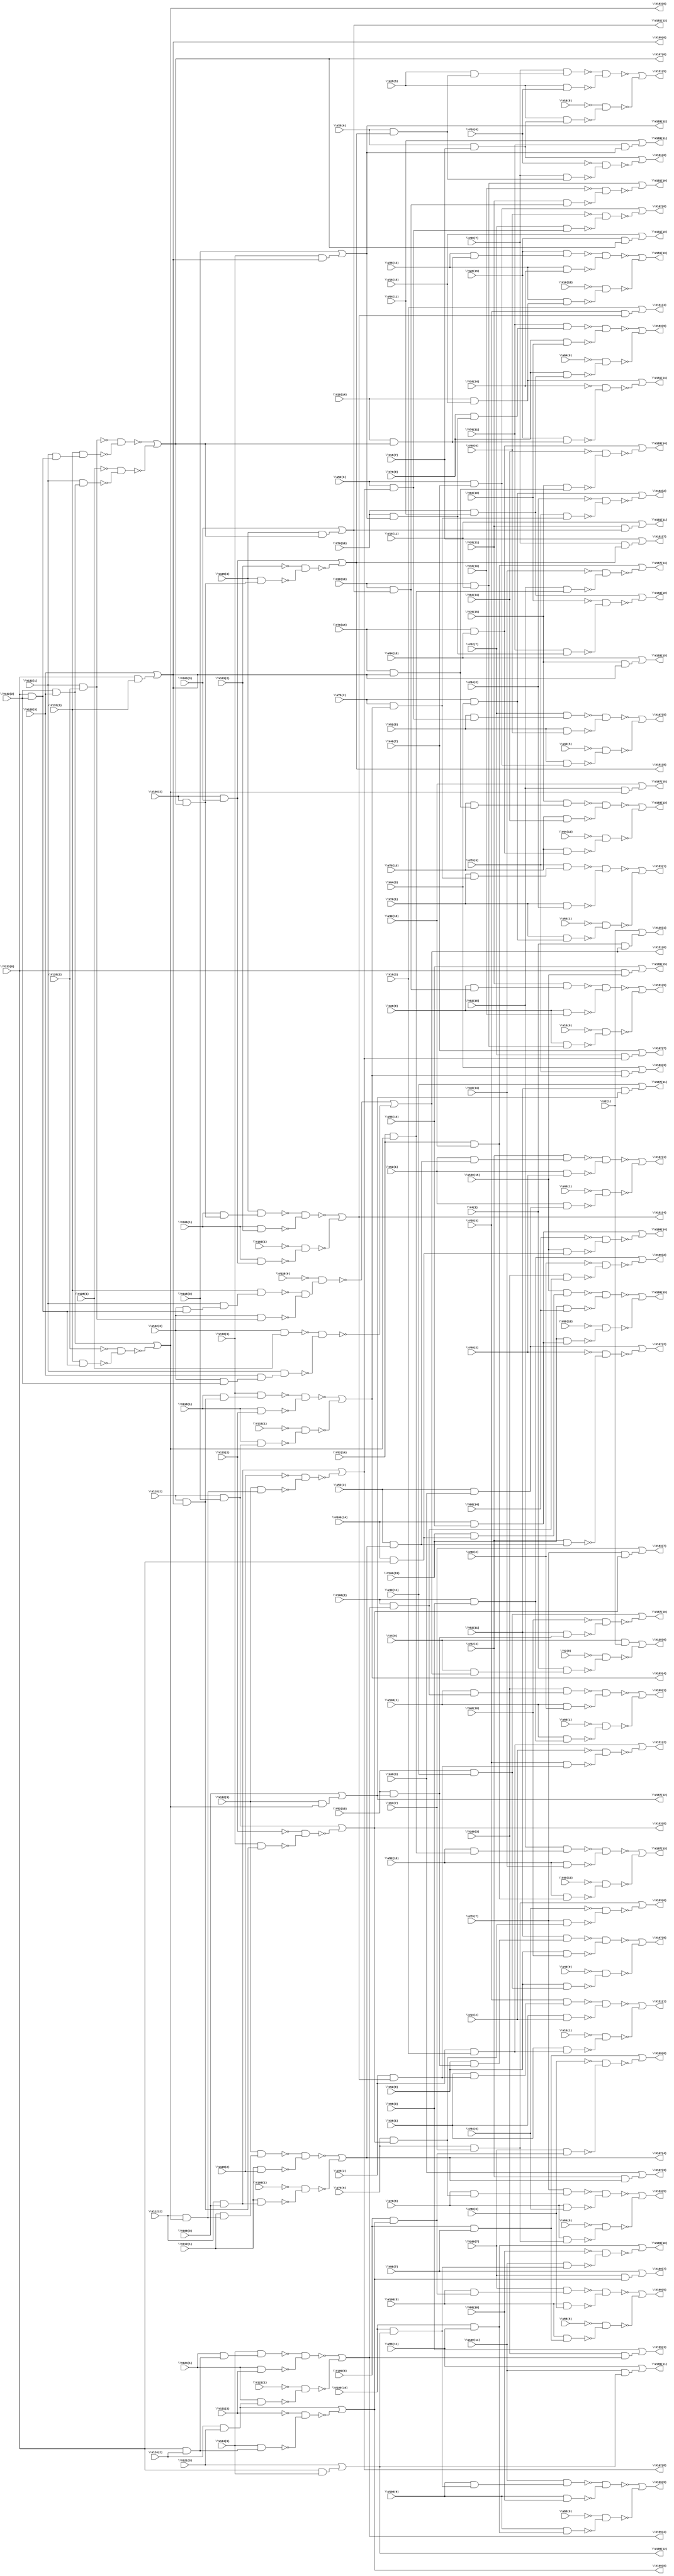
module i5 ( 
    \V4(0) , \V2(1) , \V4(1) , \V2(0) , \V28(1) , \V16(2) , \V28(2) ,
    \V16(3) , \V28(3) , \V28(5) , \V16(6) , \V28(6) , \V16(7) , \V28(7) ,
    \V28(9) , \V16(10) , \V28(10) , \V16(11) , \V28(11) , \V28(13) ,
    \V16(14) , \V28(14) , \V16(15) , \V28(15) , \V16(1) , \V16(5) ,
    \V16(9) , \V16(13) , \V52(1) , \V40(2) , \V52(2) , \V40(3) , \V52(3) ,
    \V52(5) , \V40(6) , \V52(6) , \V40(7) , \V52(7) , \V52(9) , \V40(10) ,
    \V52(10) , \V40(11) , \V52(11) , \V52(13) , \V40(14) , \V52(14) ,
    \V40(15) , \V52(15) , \V40(1) , \V40(5) , \V40(9) , \V40(13) ,
    \V76(1) , \V64(2) , \V76(2) , \V64(3) , \V76(3) , \V76(5) , \V64(6) ,
    \V76(6) , \V64(7) , \V76(7) , \V76(9) , \V64(10) , \V76(10) ,
    \V64(11) , \V76(11) , \V76(13) , \V64(14) , \V76(14) , \V64(15) ,
    \V76(15) , \V64(1) , \V64(5) , \V64(9) , \V64(13) , \V100(1) ,
    \V88(2) , \V100(2) , \V88(3) , \V100(3) , \V100(5) , \V88(6) ,
    \V100(6) , \V88(7) , \V100(7) , \V100(9) , \V88(10) , \V100(10) ,
    \V88(11) , \V100(11) , \V100(13) , \V88(14) , \V100(14) , \V88(15) ,
    \V133(0) , \V100(15) , \V88(1) , \V88(5) , \V88(9) , \V88(13) ,
    \V106(1) , \V103(2) , \V106(2) , \V103(3) , \V106(3) , \V112(1) ,
    \V109(2) , \V112(2) , \V109(3) , \V112(3) , \V118(1) , \V115(2) ,
    \V118(2) , \V115(3) , \V118(3) , \V124(1) , \V121(2) , \V124(2) ,
    \V121(3) , \V124(3) , \V103(1) , \V109(1) , \V115(1) , \V121(1) ,
    \V132(0) , \V128(1) , \V132(1) , \V128(2) , \V132(2) , \V128(3) ,
    \V132(3) , \V128(0) ,
    \V135(0) , \V135(1) , \V151(1) , \V151(2) , \V151(3) , \V151(5) ,
    \V151(6) , \V151(7) , \V151(9) , \V151(10) , \V151(11) , \V151(13) ,
    \V151(14) , \V151(15) , \V167(1) , \V167(2) , \V167(3) , \V167(5) ,
    \V167(6) , \V167(7) , \V167(9) , \V167(10) , \V167(11) , \V167(13) ,
    \V167(14) , \V167(15) , \V183(1) , \V183(2) , \V183(3) , \V183(5) ,
    \V183(6) , \V183(7) , \V183(9) , \V183(10) , \V183(11) , \V183(13) ,
    \V183(14) , \V183(15) , \V199(1) , \V199(2) , \V199(3) , \V199(5) ,
    \V199(6) , \V199(7) , \V199(9) , \V199(10) , \V199(11) , \V199(13) ,
    \V199(14) , \V199(15) , \V151(4) , \V151(8) , \V151(12) , \V167(4) ,
    \V167(8) , \V167(12) , \V183(4) , \V183(8) , \V183(12) , \V199(4) ,
    \V199(8) , \V199(12) , \V151(0) , \V167(0) , \V183(0) , \V199(0)   );
  input  \V4(0) , \V2(1) , \V4(1) , \V2(0) , \V28(1) , \V16(2) ,
    \V28(2) , \V16(3) , \V28(3) , \V28(5) , \V16(6) , \V28(6) , \V16(7) ,
    \V28(7) , \V28(9) , \V16(10) , \V28(10) , \V16(11) , \V28(11) ,
    \V28(13) , \V16(14) , \V28(14) , \V16(15) , \V28(15) , \V16(1) ,
    \V16(5) , \V16(9) , \V16(13) , \V52(1) , \V40(2) , \V52(2) , \V40(3) ,
    \V52(3) , \V52(5) , \V40(6) , \V52(6) , \V40(7) , \V52(7) , \V52(9) ,
    \V40(10) , \V52(10) , \V40(11) , \V52(11) , \V52(13) , \V40(14) ,
    \V52(14) , \V40(15) , \V52(15) , \V40(1) , \V40(5) , \V40(9) ,
    \V40(13) , \V76(1) , \V64(2) , \V76(2) , \V64(3) , \V76(3) , \V76(5) ,
    \V64(6) , \V76(6) , \V64(7) , \V76(7) , \V76(9) , \V64(10) , \V76(10) ,
    \V64(11) , \V76(11) , \V76(13) , \V64(14) , \V76(14) , \V64(15) ,
    \V76(15) , \V64(1) , \V64(5) , \V64(9) , \V64(13) , \V100(1) ,
    \V88(2) , \V100(2) , \V88(3) , \V100(3) , \V100(5) , \V88(6) ,
    \V100(6) , \V88(7) , \V100(7) , \V100(9) , \V88(10) , \V100(10) ,
    \V88(11) , \V100(11) , \V100(13) , \V88(14) , \V100(14) , \V88(15) ,
    \V133(0) , \V100(15) , \V88(1) , \V88(5) , \V88(9) , \V88(13) ,
    \V106(1) , \V103(2) , \V106(2) , \V103(3) , \V106(3) , \V112(1) ,
    \V109(2) , \V112(2) , \V109(3) , \V112(3) , \V118(1) , \V115(2) ,
    \V118(2) , \V115(3) , \V118(3) , \V124(1) , \V121(2) , \V124(2) ,
    \V121(3) , \V124(3) , \V103(1) , \V109(1) , \V115(1) , \V121(1) ,
    \V132(0) , \V128(1) , \V132(1) , \V128(2) , \V132(2) , \V128(3) ,
    \V132(3) , \V128(0) ;
  output \V135(0) , \V135(1) , \V151(1) , \V151(2) , \V151(3) , \V151(5) ,
    \V151(6) , \V151(7) , \V151(9) , \V151(10) , \V151(11) , \V151(13) ,
    \V151(14) , \V151(15) , \V167(1) , \V167(2) , \V167(3) , \V167(5) ,
    \V167(6) , \V167(7) , \V167(9) , \V167(10) , \V167(11) , \V167(13) ,
    \V167(14) , \V167(15) , \V183(1) , \V183(2) , \V183(3) , \V183(5) ,
    \V183(6) , \V183(7) , \V183(9) , \V183(10) , \V183(11) , \V183(13) ,
    \V183(14) , \V183(15) , \V199(1) , \V199(2) , \V199(3) , \V199(5) ,
    \V199(6) , \V199(7) , \V199(9) , \V199(10) , \V199(11) , \V199(13) ,
    \V199(14) , \V199(15) , \V151(4) , \V151(8) , \V151(12) , \V167(4) ,
    \V167(8) , \V167(12) , \V183(4) , \V183(8) , \V183(12) , \V199(4) ,
    \V199(8) , \V199(12) , \V151(0) , \V167(0) , \V183(0) , \V199(0) ;
  wire new_n200_, new_n201_, new_n202_, new_n203_, new_n204_, new_n205_,
    new_n206_, new_n207_, new_n208_, new_n209_, new_n210_, new_n211_,
    new_n212_, new_n214_, new_n215_, new_n216_, new_n217_, new_n219_,
    new_n221_, new_n222_, new_n223_, new_n224_, new_n225_, new_n226_,
    new_n228_, new_n229_, new_n230_, new_n231_, new_n232_, new_n233_,
    new_n234_, new_n235_, new_n237_, new_n238_, new_n239_, new_n240_,
    new_n241_, new_n242_, new_n243_, new_n244_, new_n246_, new_n247_,
    new_n249_, new_n251_, new_n252_, new_n254_, new_n255_, new_n256_,
    new_n257_, new_n258_, new_n259_, new_n260_, new_n261_, new_n263_,
    new_n264_, new_n266_, new_n268_, new_n270_, new_n271_, new_n272_,
    new_n273_, new_n274_, new_n275_, new_n276_, new_n277_, new_n279_,
    new_n280_, new_n282_, new_n284_, new_n285_, new_n286_, new_n287_,
    new_n288_, new_n289_, new_n290_, new_n291_, new_n293_, new_n294_,
    new_n296_, new_n298_, new_n299_, new_n301_, new_n302_, new_n303_,
    new_n304_, new_n305_, new_n306_, new_n307_, new_n308_, new_n310_,
    new_n311_, new_n312_, new_n313_, new_n314_, new_n315_, new_n316_,
    new_n317_, new_n319_, new_n320_, new_n322_, new_n324_, new_n325_,
    new_n327_, new_n328_, new_n329_, new_n330_, new_n331_, new_n332_,
    new_n333_, new_n334_, new_n336_, new_n337_, new_n339_, new_n341_,
    new_n343_, new_n344_, new_n345_, new_n346_, new_n347_, new_n348_,
    new_n349_, new_n350_, new_n352_, new_n353_, new_n355_, new_n357_,
    new_n358_, new_n359_, new_n360_, new_n361_, new_n362_, new_n363_,
    new_n364_, new_n366_, new_n367_, new_n369_, new_n371_, new_n373_,
    new_n374_, new_n375_, new_n376_, new_n377_, new_n378_, new_n379_,
    new_n380_, new_n382_, new_n383_, new_n384_, new_n385_, new_n386_,
    new_n387_, new_n388_, new_n389_, new_n391_, new_n392_, new_n394_,
    new_n396_, new_n397_, new_n399_, new_n400_, new_n401_, new_n402_,
    new_n403_, new_n404_, new_n405_, new_n406_, new_n408_, new_n409_,
    new_n411_, new_n413_, new_n415_, new_n416_, new_n417_, new_n418_,
    new_n419_, new_n420_, new_n421_, new_n422_, new_n424_, new_n425_,
    new_n427_, new_n429_, new_n430_, new_n431_, new_n432_, new_n433_,
    new_n434_, new_n435_, new_n436_, new_n438_, new_n439_, new_n441_,
    new_n443_, new_n444_, new_n445_, new_n446_, new_n447_, new_n448_,
    new_n449_, new_n450_, new_n452_, new_n453_, new_n454_, new_n455_,
    new_n456_, new_n457_, new_n458_, new_n459_, new_n461_, new_n462_,
    new_n464_, new_n466_, new_n467_, new_n469_, new_n470_, new_n471_,
    new_n472_, new_n473_, new_n474_, new_n475_, new_n476_, new_n478_,
    new_n479_, new_n481_, new_n483_, new_n485_, new_n486_, new_n487_,
    new_n488_, new_n489_, new_n490_, new_n491_, new_n492_, new_n494_,
    new_n495_, new_n497_, new_n499_, new_n500_, new_n501_, new_n502_,
    new_n503_, new_n504_, new_n505_, new_n506_, new_n508_, new_n509_,
    new_n511_;
  assign new_n200_ = \V133(0)  & \V132(2) ;
  assign new_n201_ = \V132(0)  & new_n200_;
  assign new_n202_ = \V132(1)  & new_n201_;
  assign new_n203_ = \V132(3)  & new_n202_;
  assign new_n204_ = \V132(1)  & \V128(2) ;
  assign new_n205_ = \V132(0)  & new_n204_;
  assign new_n206_ = \V132(0)  & \V128(1) ;
  assign new_n207_ = \V132(0)  & \V132(2) ;
  assign new_n208_ = \V128(3)  & new_n207_;
  assign new_n209_ = \V132(1)  & new_n208_;
  assign new_n210_ = ~new_n203_ & ~new_n205_;
  assign new_n211_ = ~\V128(0)  & new_n210_;
  assign new_n212_ = ~new_n206_ & ~new_n209_;
  assign \V151(0)  = ~new_n211_ | ~new_n212_;
  assign new_n214_ = \V4(0)  & \V151(0) ;
  assign new_n215_ = \V4(1)  & new_n214_;
  assign new_n216_ = \V4(0)  & \V2(1) ;
  assign new_n217_ = ~\V2(0)  & ~new_n215_;
  assign \V135(0)  = new_n216_ | ~new_n217_;
  assign new_n219_ = \V4(1)  & \V151(0) ;
  assign \V135(1)  = \V2(1)  | new_n219_;
  assign new_n221_ = \V132(1)  & new_n200_;
  assign new_n222_ = \V132(3)  & new_n221_;
  assign new_n223_ = \V132(2)  & \V128(3) ;
  assign new_n224_ = \V132(1)  & new_n223_;
  assign new_n225_ = ~new_n204_ & ~new_n222_;
  assign new_n226_ = ~\V128(1)  & ~new_n224_;
  assign \V167(0)  = ~new_n225_ | ~new_n226_;
  assign new_n228_ = \V106(2)  & \V167(0) ;
  assign new_n229_ = \V106(1)  & new_n228_;
  assign new_n230_ = \V106(3)  & new_n229_;
  assign new_n231_ = \V106(1)  & \V103(2) ;
  assign new_n232_ = \V106(2)  & \V103(3) ;
  assign new_n233_ = \V106(1)  & new_n232_;
  assign new_n234_ = ~new_n230_ & ~new_n231_;
  assign new_n235_ = ~\V103(1)  & ~new_n233_;
  assign \V151(4)  = ~new_n234_ | ~new_n235_;
  assign new_n237_ = \V28(2)  & \V151(4) ;
  assign new_n238_ = \V28(1)  & new_n237_;
  assign new_n239_ = \V28(3)  & new_n238_;
  assign new_n240_ = \V28(1)  & \V16(2) ;
  assign new_n241_ = \V28(2)  & \V16(3) ;
  assign new_n242_ = \V28(1)  & new_n241_;
  assign new_n243_ = ~new_n239_ & ~new_n240_;
  assign new_n244_ = ~\V16(1)  & ~new_n242_;
  assign \V151(1)  = ~new_n243_ | ~new_n244_;
  assign new_n246_ = \V28(3)  & new_n237_;
  assign new_n247_ = ~\V16(2)  & ~new_n246_;
  assign \V151(2)  = new_n241_ | ~new_n247_;
  assign new_n249_ = \V28(3)  & \V151(4) ;
  assign \V151(3)  = \V16(3)  | new_n249_;
  assign new_n251_ = \V106(3)  & new_n228_;
  assign new_n252_ = ~\V103(2)  & ~new_n251_;
  assign \V151(8)  = new_n232_ | ~new_n252_;
  assign new_n254_ = \V28(6)  & \V151(8) ;
  assign new_n255_ = \V28(5)  & new_n254_;
  assign new_n256_ = \V28(7)  & new_n255_;
  assign new_n257_ = \V28(5)  & \V16(6) ;
  assign new_n258_ = \V28(6)  & \V16(7) ;
  assign new_n259_ = \V28(5)  & new_n258_;
  assign new_n260_ = ~new_n256_ & ~new_n257_;
  assign new_n261_ = ~\V16(5)  & ~new_n259_;
  assign \V151(5)  = ~new_n260_ | ~new_n261_;
  assign new_n263_ = \V28(7)  & new_n254_;
  assign new_n264_ = ~\V16(6)  & ~new_n263_;
  assign \V151(6)  = new_n258_ | ~new_n264_;
  assign new_n266_ = \V28(7)  & \V151(8) ;
  assign \V151(7)  = \V16(7)  | new_n266_;
  assign new_n268_ = \V106(3)  & \V167(0) ;
  assign \V151(12)  = \V103(3)  | new_n268_;
  assign new_n270_ = \V28(10)  & \V151(12) ;
  assign new_n271_ = \V28(9)  & new_n270_;
  assign new_n272_ = \V28(11)  & new_n271_;
  assign new_n273_ = \V28(9)  & \V16(10) ;
  assign new_n274_ = \V28(10)  & \V16(11) ;
  assign new_n275_ = \V28(9)  & new_n274_;
  assign new_n276_ = ~new_n272_ & ~new_n273_;
  assign new_n277_ = ~\V16(9)  & ~new_n275_;
  assign \V151(9)  = ~new_n276_ | ~new_n277_;
  assign new_n279_ = \V28(11)  & new_n270_;
  assign new_n280_ = ~\V16(10)  & ~new_n279_;
  assign \V151(10)  = new_n274_ | ~new_n280_;
  assign new_n282_ = \V28(11)  & \V151(12) ;
  assign \V151(11)  = \V16(11)  | new_n282_;
  assign new_n284_ = \V28(14)  & \V167(0) ;
  assign new_n285_ = \V28(13)  & new_n284_;
  assign new_n286_ = \V28(15)  & new_n285_;
  assign new_n287_ = \V28(13)  & \V16(14) ;
  assign new_n288_ = \V28(14)  & \V16(15) ;
  assign new_n289_ = \V28(13)  & new_n288_;
  assign new_n290_ = ~new_n286_ & ~new_n287_;
  assign new_n291_ = ~\V16(13)  & ~new_n289_;
  assign \V151(13)  = ~new_n290_ | ~new_n291_;
  assign new_n293_ = \V28(15)  & new_n284_;
  assign new_n294_ = ~\V16(14)  & ~new_n293_;
  assign \V151(14)  = new_n288_ | ~new_n294_;
  assign new_n296_ = \V28(15)  & \V167(0) ;
  assign \V151(15)  = \V16(15)  | new_n296_;
  assign new_n298_ = \V132(3)  & new_n200_;
  assign new_n299_ = ~\V128(2)  & ~new_n298_;
  assign \V183(0)  = new_n223_ | ~new_n299_;
  assign new_n301_ = \V112(2)  & \V183(0) ;
  assign new_n302_ = \V112(1)  & new_n301_;
  assign new_n303_ = \V112(3)  & new_n302_;
  assign new_n304_ = \V112(1)  & \V109(2) ;
  assign new_n305_ = \V112(2)  & \V109(3) ;
  assign new_n306_ = \V112(1)  & new_n305_;
  assign new_n307_ = ~new_n303_ & ~new_n304_;
  assign new_n308_ = ~\V109(1)  & ~new_n306_;
  assign \V167(4)  = ~new_n307_ | ~new_n308_;
  assign new_n310_ = \V52(2)  & \V167(4) ;
  assign new_n311_ = \V52(1)  & new_n310_;
  assign new_n312_ = \V52(3)  & new_n311_;
  assign new_n313_ = \V52(1)  & \V40(2) ;
  assign new_n314_ = \V52(2)  & \V40(3) ;
  assign new_n315_ = \V52(1)  & new_n314_;
  assign new_n316_ = ~new_n312_ & ~new_n313_;
  assign new_n317_ = ~\V40(1)  & ~new_n315_;
  assign \V167(1)  = ~new_n316_ | ~new_n317_;
  assign new_n319_ = \V52(3)  & new_n310_;
  assign new_n320_ = ~\V40(2)  & ~new_n319_;
  assign \V167(2)  = new_n314_ | ~new_n320_;
  assign new_n322_ = \V52(3)  & \V167(4) ;
  assign \V167(3)  = \V40(3)  | new_n322_;
  assign new_n324_ = \V112(3)  & new_n301_;
  assign new_n325_ = ~\V109(2)  & ~new_n324_;
  assign \V167(8)  = new_n305_ | ~new_n325_;
  assign new_n327_ = \V52(6)  & \V167(8) ;
  assign new_n328_ = \V52(5)  & new_n327_;
  assign new_n329_ = \V52(7)  & new_n328_;
  assign new_n330_ = \V52(5)  & \V40(6) ;
  assign new_n331_ = \V52(6)  & \V40(7) ;
  assign new_n332_ = \V52(5)  & new_n331_;
  assign new_n333_ = ~new_n329_ & ~new_n330_;
  assign new_n334_ = ~\V40(5)  & ~new_n332_;
  assign \V167(5)  = ~new_n333_ | ~new_n334_;
  assign new_n336_ = \V52(7)  & new_n327_;
  assign new_n337_ = ~\V40(6)  & ~new_n336_;
  assign \V167(6)  = new_n331_ | ~new_n337_;
  assign new_n339_ = \V52(7)  & \V167(8) ;
  assign \V167(7)  = \V40(7)  | new_n339_;
  assign new_n341_ = \V112(3)  & \V183(0) ;
  assign \V167(12)  = \V109(3)  | new_n341_;
  assign new_n343_ = \V52(10)  & \V167(12) ;
  assign new_n344_ = \V52(9)  & new_n343_;
  assign new_n345_ = \V52(11)  & new_n344_;
  assign new_n346_ = \V52(9)  & \V40(10) ;
  assign new_n347_ = \V52(10)  & \V40(11) ;
  assign new_n348_ = \V52(9)  & new_n347_;
  assign new_n349_ = ~new_n345_ & ~new_n346_;
  assign new_n350_ = ~\V40(9)  & ~new_n348_;
  assign \V167(9)  = ~new_n349_ | ~new_n350_;
  assign new_n352_ = \V52(11)  & new_n343_;
  assign new_n353_ = ~\V40(10)  & ~new_n352_;
  assign \V167(10)  = new_n347_ | ~new_n353_;
  assign new_n355_ = \V52(11)  & \V167(12) ;
  assign \V167(11)  = \V40(11)  | new_n355_;
  assign new_n357_ = \V52(14)  & \V183(0) ;
  assign new_n358_ = \V52(13)  & new_n357_;
  assign new_n359_ = \V52(15)  & new_n358_;
  assign new_n360_ = \V52(13)  & \V40(14) ;
  assign new_n361_ = \V52(14)  & \V40(15) ;
  assign new_n362_ = \V52(13)  & new_n361_;
  assign new_n363_ = ~new_n359_ & ~new_n360_;
  assign new_n364_ = ~\V40(13)  & ~new_n362_;
  assign \V167(13)  = ~new_n363_ | ~new_n364_;
  assign new_n366_ = \V52(15)  & new_n357_;
  assign new_n367_ = ~\V40(14)  & ~new_n366_;
  assign \V167(14)  = new_n361_ | ~new_n367_;
  assign new_n369_ = \V52(15)  & \V183(0) ;
  assign \V167(15)  = \V40(15)  | new_n369_;
  assign new_n371_ = \V133(0)  & \V132(3) ;
  assign \V199(0)  = \V128(3)  | new_n371_;
  assign new_n373_ = \V118(2)  & \V199(0) ;
  assign new_n374_ = \V118(1)  & new_n373_;
  assign new_n375_ = \V118(3)  & new_n374_;
  assign new_n376_ = \V118(1)  & \V115(2) ;
  assign new_n377_ = \V118(2)  & \V115(3) ;
  assign new_n378_ = \V118(1)  & new_n377_;
  assign new_n379_ = ~new_n375_ & ~new_n376_;
  assign new_n380_ = ~\V115(1)  & ~new_n378_;
  assign \V183(4)  = ~new_n379_ | ~new_n380_;
  assign new_n382_ = \V76(2)  & \V183(4) ;
  assign new_n383_ = \V76(1)  & new_n382_;
  assign new_n384_ = \V76(3)  & new_n383_;
  assign new_n385_ = \V76(1)  & \V64(2) ;
  assign new_n386_ = \V76(2)  & \V64(3) ;
  assign new_n387_ = \V76(1)  & new_n386_;
  assign new_n388_ = ~new_n384_ & ~new_n385_;
  assign new_n389_ = ~\V64(1)  & ~new_n387_;
  assign \V183(1)  = ~new_n388_ | ~new_n389_;
  assign new_n391_ = \V76(3)  & new_n382_;
  assign new_n392_ = ~\V64(2)  & ~new_n391_;
  assign \V183(2)  = new_n386_ | ~new_n392_;
  assign new_n394_ = \V76(3)  & \V183(4) ;
  assign \V183(3)  = \V64(3)  | new_n394_;
  assign new_n396_ = \V118(3)  & new_n373_;
  assign new_n397_ = ~\V115(2)  & ~new_n396_;
  assign \V183(8)  = new_n377_ | ~new_n397_;
  assign new_n399_ = \V76(6)  & \V183(8) ;
  assign new_n400_ = \V76(5)  & new_n399_;
  assign new_n401_ = \V76(7)  & new_n400_;
  assign new_n402_ = \V76(5)  & \V64(6) ;
  assign new_n403_ = \V76(6)  & \V64(7) ;
  assign new_n404_ = \V76(5)  & new_n403_;
  assign new_n405_ = ~new_n401_ & ~new_n402_;
  assign new_n406_ = ~\V64(5)  & ~new_n404_;
  assign \V183(5)  = ~new_n405_ | ~new_n406_;
  assign new_n408_ = \V76(7)  & new_n399_;
  assign new_n409_ = ~\V64(6)  & ~new_n408_;
  assign \V183(6)  = new_n403_ | ~new_n409_;
  assign new_n411_ = \V76(7)  & \V183(8) ;
  assign \V183(7)  = \V64(7)  | new_n411_;
  assign new_n413_ = \V118(3)  & \V199(0) ;
  assign \V183(12)  = \V115(3)  | new_n413_;
  assign new_n415_ = \V76(10)  & \V183(12) ;
  assign new_n416_ = \V76(9)  & new_n415_;
  assign new_n417_ = \V76(11)  & new_n416_;
  assign new_n418_ = \V76(9)  & \V64(10) ;
  assign new_n419_ = \V76(10)  & \V64(11) ;
  assign new_n420_ = \V76(9)  & new_n419_;
  assign new_n421_ = ~new_n417_ & ~new_n418_;
  assign new_n422_ = ~\V64(9)  & ~new_n420_;
  assign \V183(9)  = ~new_n421_ | ~new_n422_;
  assign new_n424_ = \V76(11)  & new_n415_;
  assign new_n425_ = ~\V64(10)  & ~new_n424_;
  assign \V183(10)  = new_n419_ | ~new_n425_;
  assign new_n427_ = \V76(11)  & \V183(12) ;
  assign \V183(11)  = \V64(11)  | new_n427_;
  assign new_n429_ = \V76(14)  & \V199(0) ;
  assign new_n430_ = \V76(13)  & new_n429_;
  assign new_n431_ = \V76(15)  & new_n430_;
  assign new_n432_ = \V76(13)  & \V64(14) ;
  assign new_n433_ = \V76(14)  & \V64(15) ;
  assign new_n434_ = \V76(13)  & new_n433_;
  assign new_n435_ = ~new_n431_ & ~new_n432_;
  assign new_n436_ = ~\V64(13)  & ~new_n434_;
  assign \V183(13)  = ~new_n435_ | ~new_n436_;
  assign new_n438_ = \V76(15)  & new_n429_;
  assign new_n439_ = ~\V64(14)  & ~new_n438_;
  assign \V183(14)  = new_n433_ | ~new_n439_;
  assign new_n441_ = \V76(15)  & \V199(0) ;
  assign \V183(15)  = \V64(15)  | new_n441_;
  assign new_n443_ = \V133(0)  & \V124(2) ;
  assign new_n444_ = \V124(1)  & new_n443_;
  assign new_n445_ = \V124(3)  & new_n444_;
  assign new_n446_ = \V124(1)  & \V121(2) ;
  assign new_n447_ = \V124(2)  & \V121(3) ;
  assign new_n448_ = \V124(1)  & new_n447_;
  assign new_n449_ = ~new_n445_ & ~new_n446_;
  assign new_n450_ = ~\V121(1)  & ~new_n448_;
  assign \V199(4)  = ~new_n449_ | ~new_n450_;
  assign new_n452_ = \V100(2)  & \V199(4) ;
  assign new_n453_ = \V100(1)  & new_n452_;
  assign new_n454_ = \V100(3)  & new_n453_;
  assign new_n455_ = \V100(1)  & \V88(2) ;
  assign new_n456_ = \V100(2)  & \V88(3) ;
  assign new_n457_ = \V100(1)  & new_n456_;
  assign new_n458_ = ~new_n454_ & ~new_n455_;
  assign new_n459_ = ~\V88(1)  & ~new_n457_;
  assign \V199(1)  = ~new_n458_ | ~new_n459_;
  assign new_n461_ = \V100(3)  & new_n452_;
  assign new_n462_ = ~\V88(2)  & ~new_n461_;
  assign \V199(2)  = new_n456_ | ~new_n462_;
  assign new_n464_ = \V100(3)  & \V199(4) ;
  assign \V199(3)  = \V88(3)  | new_n464_;
  assign new_n466_ = \V124(3)  & new_n443_;
  assign new_n467_ = ~\V121(2)  & ~new_n466_;
  assign \V199(8)  = new_n447_ | ~new_n467_;
  assign new_n469_ = \V100(6)  & \V199(8) ;
  assign new_n470_ = \V100(5)  & new_n469_;
  assign new_n471_ = \V100(7)  & new_n470_;
  assign new_n472_ = \V100(5)  & \V88(6) ;
  assign new_n473_ = \V100(6)  & \V88(7) ;
  assign new_n474_ = \V100(5)  & new_n473_;
  assign new_n475_ = ~new_n471_ & ~new_n472_;
  assign new_n476_ = ~\V88(5)  & ~new_n474_;
  assign \V199(5)  = ~new_n475_ | ~new_n476_;
  assign new_n478_ = \V100(7)  & new_n469_;
  assign new_n479_ = ~\V88(6)  & ~new_n478_;
  assign \V199(6)  = new_n473_ | ~new_n479_;
  assign new_n481_ = \V100(7)  & \V199(8) ;
  assign \V199(7)  = \V88(7)  | new_n481_;
  assign new_n483_ = \V133(0)  & \V124(3) ;
  assign \V199(12)  = \V121(3)  | new_n483_;
  assign new_n485_ = \V100(10)  & \V199(12) ;
  assign new_n486_ = \V100(9)  & new_n485_;
  assign new_n487_ = \V100(11)  & new_n486_;
  assign new_n488_ = \V100(9)  & \V88(10) ;
  assign new_n489_ = \V100(10)  & \V88(11) ;
  assign new_n490_ = \V100(9)  & new_n489_;
  assign new_n491_ = ~new_n487_ & ~new_n488_;
  assign new_n492_ = ~\V88(9)  & ~new_n490_;
  assign \V199(9)  = ~new_n491_ | ~new_n492_;
  assign new_n494_ = \V100(11)  & new_n485_;
  assign new_n495_ = ~\V88(10)  & ~new_n494_;
  assign \V199(10)  = new_n489_ | ~new_n495_;
  assign new_n497_ = \V100(11)  & \V199(12) ;
  assign \V199(11)  = \V88(11)  | new_n497_;
  assign new_n499_ = \V100(14)  & \V133(0) ;
  assign new_n500_ = \V100(13)  & new_n499_;
  assign new_n501_ = \V100(15)  & new_n500_;
  assign new_n502_ = \V100(13)  & \V88(14) ;
  assign new_n503_ = \V100(14)  & \V88(15) ;
  assign new_n504_ = \V100(13)  & new_n503_;
  assign new_n505_ = ~new_n501_ & ~new_n502_;
  assign new_n506_ = ~\V88(13)  & ~new_n504_;
  assign \V199(13)  = ~new_n505_ | ~new_n506_;
  assign new_n508_ = \V100(15)  & new_n499_;
  assign new_n509_ = ~\V88(14)  & ~new_n508_;
  assign \V199(14)  = new_n503_ | ~new_n509_;
  assign new_n511_ = \V133(0)  & \V100(15) ;
  assign \V199(15)  = \V88(15)  | new_n511_;
endmodule